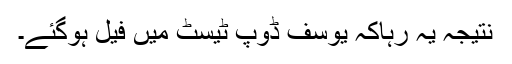
نتیجہ یہ رہاکہ یوسف ڈوپ ٹیسٹ میں فیل ہوگئے۔